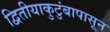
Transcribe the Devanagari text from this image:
द्वितीयाकुटुंबापासून